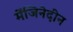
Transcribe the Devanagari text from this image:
मेंजिनेदीन